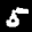
Label: 5